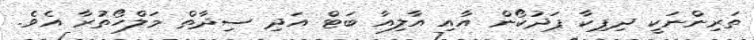
ތަރިންނަކީ ދިޕިކާ ޕަދުކޯން އާއި އާލިއާ ބަޓް އަދި ސިދާތް މަލްހޯތުރާ އެވެ.